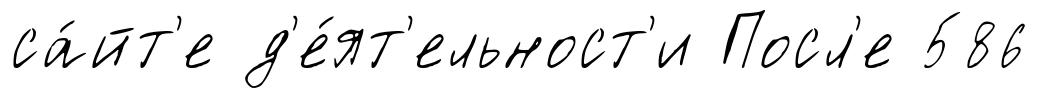
са́йт'е д'е́ят'ельност'и Посл'е 586